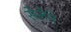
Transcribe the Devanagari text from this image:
सेलेने